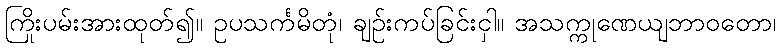
ကြိုးပမ်းအားထုတ်၍။ ဥပသင်္ကမိတုံ၊ ချဉ်းကပ်ခြင်းငှါ။ အသက္ကုဏေယျဘာဝတော၊